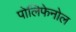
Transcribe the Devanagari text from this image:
पोलिफेनोल